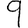
Digit: 9